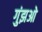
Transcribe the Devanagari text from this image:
गुंझओ